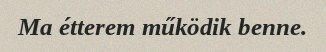
Ma étterem működik benne.